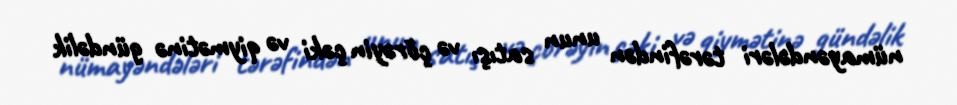
nümayəndələri tərəfindən unun satışı və çörəyin çəki və qiymətinə gündəlik